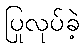
ပြုလုပ်ခဲ့